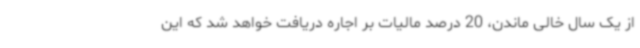
از یک سال خالی ماندن، 20 درصد مالیات بر اجاره دریافت خواهد شد که این